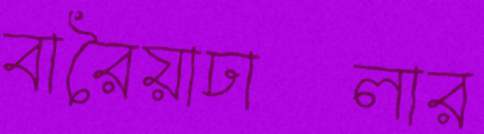
বারৈয়াঢালার